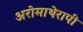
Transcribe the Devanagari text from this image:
अरोमाथेरापी